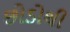
છોડોથી